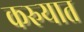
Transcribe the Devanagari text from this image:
करुयात